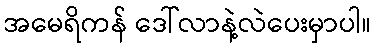
အမေရိကန် ဒေါ်လာနဲ့လဲပေးမှာပါ။